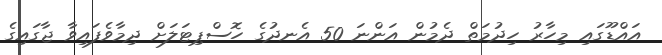
އައްޑޫގައި މިހާރު ހިދުމަތް ދެމުން އަންނަ 50 އެނދުގެ ހޮސްޕިޓަލަށް ދިމާވެފައިވާ ޖާގައިގެ